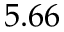
5 . 6 6